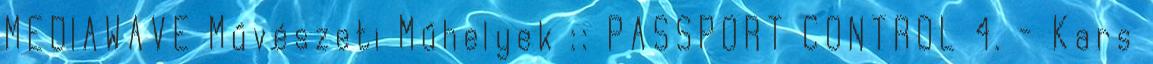
MEDIAWAVE Művészeti Műhelyek :: PASSPORT CONTROL 4. - Kars